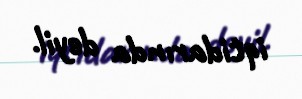
iqtidarında deyil.